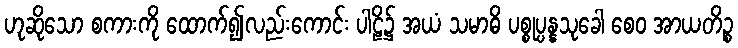
ဟုဆိုသော စကားကို ထောက်၍လည်းကောင်း ပါဠိ၌ အယံ သမာဓိ ပစ္စုပ္ပန္နသုခေါ စေဝ အာယတိဉ္စ